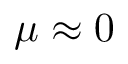
\mu \approx 0